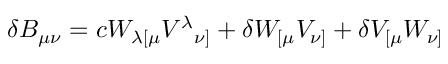
\delta B _ { \mu \nu } = c W _ { \lambda [ \mu } V ^ { \lambda } { } _ { \nu ] } + \delta W _ { [ \mu } V _ { \nu ] } + \delta V _ { [ \mu } W _ { \nu ] }